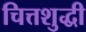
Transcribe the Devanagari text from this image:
चित्तशुद्धी